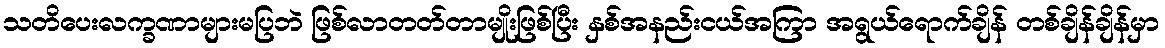
သတိပေးလက္ခဏာများမပြဘဲ ဖြစ်လာတတ်တာမျိုးဖြစ်ပြီး နှစ်အနည်းငယ်အကြာ အရွယ်ရောက်ချိန် တစ်ချိန်ချိန်မှာ